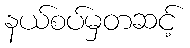
နယ်စပ်မှတဆင့်